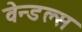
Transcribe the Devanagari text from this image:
वेन्डल्स